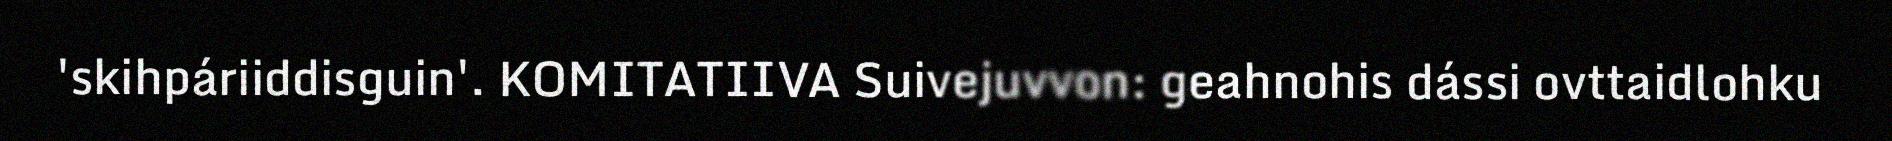
'skihpáriiddisguin'. KOMITATIIVA Suivejuvvon: geahnohis dássi ovttaidlohku